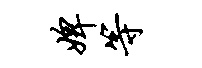
婢等